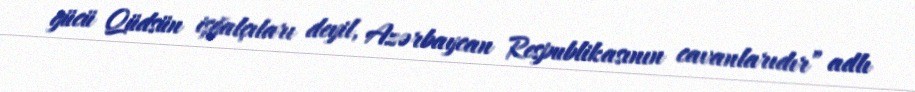
gücü Qüdsün işğalçıları deyil, Azərbaycan Respublikasının cavanlarıdır” adlı